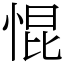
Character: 惃